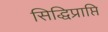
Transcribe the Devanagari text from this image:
सिद्धिप्राप्ति